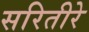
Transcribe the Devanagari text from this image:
सरितीरे